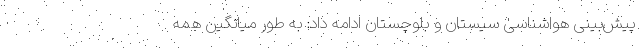
پیش‌بینی هواشناسی سیستان و بلوچستان ادامه داد: به طور میانگین همه